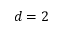
d = 2